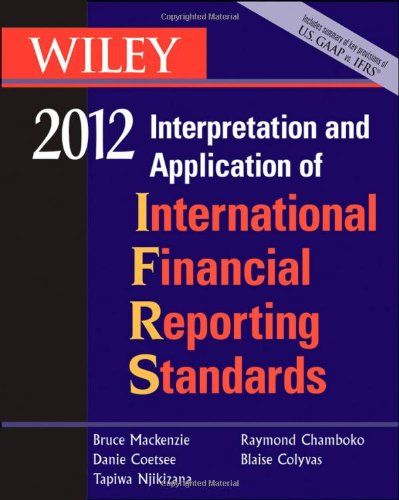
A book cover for Wiley IFRS 2012: Interpretation and Application of International Financial Reporting Standards; Bruce Mackenzie; Business & Money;